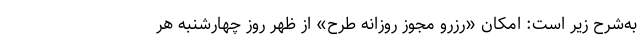
به‌شرح زیر است: امکان «رزرو مجوز روزانه طرح» از ظهر روز چهارشنبه هر